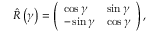
\hat { R } \left( \gamma \right) = \left( \begin{array} { l l } { \cos { \gamma } } & { \sin { \gamma } } \\ { - \sin { \gamma } } & { \cos { \gamma } } \end{array} \right) ,